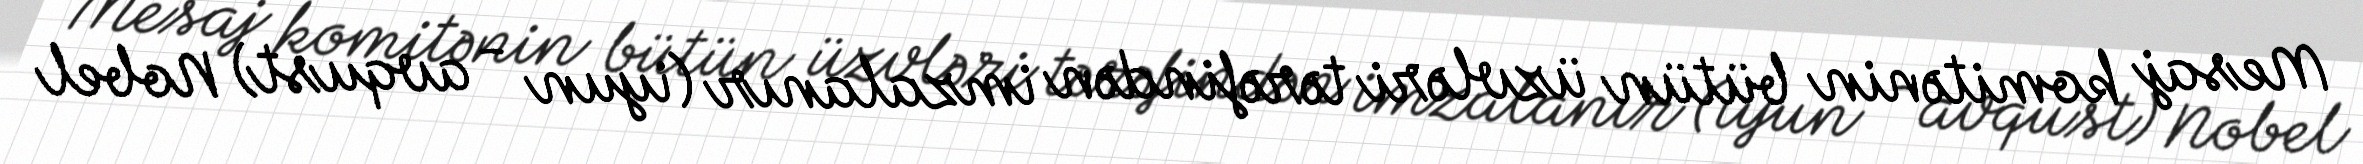
Mesaj komitənin bütün üzvləri tərəfindən imzalanır (iyun - avqust) Nobel